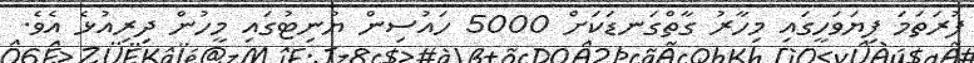
ފުރަތަމަ ފިޔަވަހީގައި މިހާރު ގާތްގަނޑަކަށް 5000 ހައުސިން ޔުނިޓުގައި މީހުން ދިރިއުޅެ އެވެ.